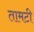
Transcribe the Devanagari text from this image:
तामटी